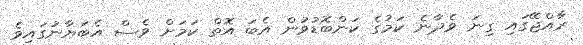
ރާއްޖޭގައި ގިނަ ވެދާނެ ކަމުގެ ކަންބޮޑުވުން އެބަ އޮތް ކަމަށް ވެސް އެބަޔާނުގައިވެ